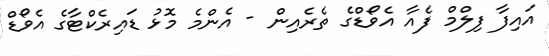
އައިފާ ފިލްމް ފެއާ އެވޯޑްގެ ތެރެއިން - އެންމެ މޮޅު ޑައިރެކްޓާގެ އެވޯޑް